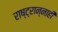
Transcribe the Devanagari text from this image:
राष्ट्रान्नाही